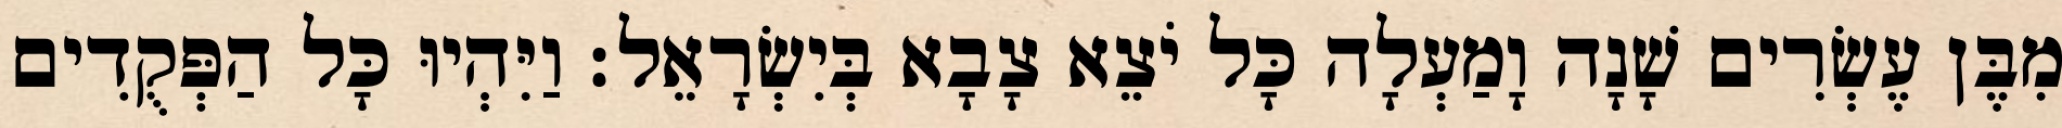
מִבֶּן עֶשְׂרִים שָׁנָה וָמַעְלָה כָּל יֹצֵא צָבָא בְּיִשְׂרָאֵל׃ וַיִּהְיוּ כָּל הַפְּקֻדִים